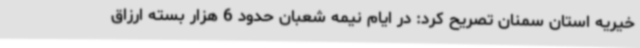
خیریه استان سمنان تصریح کرد: در ایام نیمه شعبان حدود 6 هزار بسته ارزاق